Civil Veterinary Dept. Bombay admin report 1932-41 - 1932-1941
Year: 1932
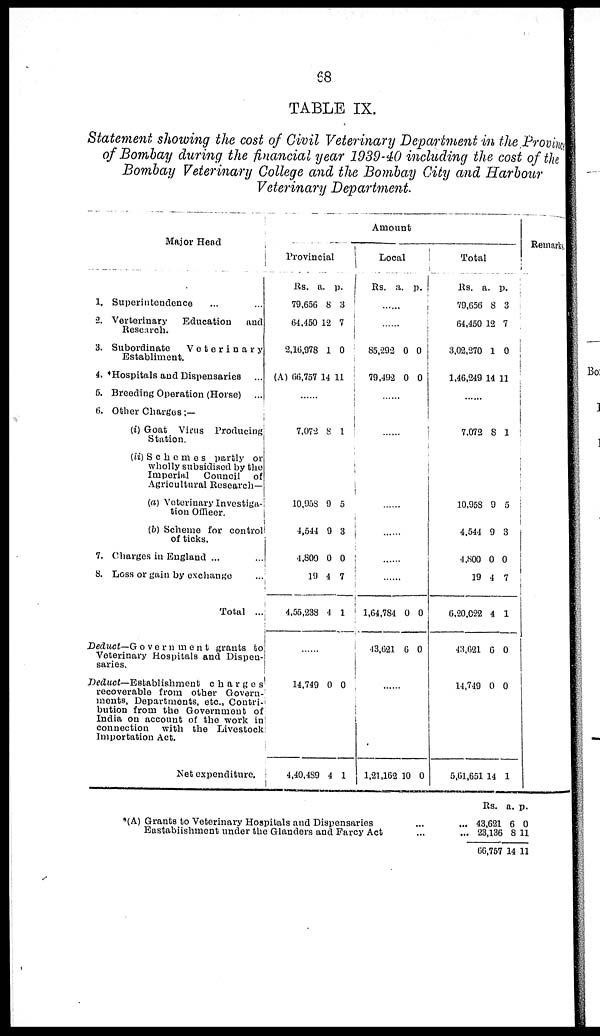
68
TABLE IX.
Statement showing the cost of Civil Veterinary Department in the Province
of Bombay during the financial year 1939-40 including the cost of the
Bombay Veterinary College and the Bombay City and Harbour
Veterinary Department
Major Head
1. Superintendence ... ...
2. Verterinary
Education
and
Research.
3. Subordinate
Veterinary
Establiment.
4. *Hospitals and Dispensaries
...
5. Breeding Operation (Horse) ...
6. Other Charges:—
(i) Goat Virus Producing
Station.
(ii) Schemes partly or
wholly subsidised by the
Imperial
Council of
Agricultural Research—
(a) Veterinary Investiga-
tion Officer.
(b) Scheme for control
of ticks.
7. Charges in England ...
S. Loss or gain by exchange
...
Total ...
Deduct—Government
grants to
Veterinary Hospitals and Dispen-
saries.
Deduct—Establishment
charges
recoverable from other Govern-
ments, Departments, etc., Contri-
bution from the Government of
India on account of the work in
connection with the Livestock
Importation Act.
Net expenditure.
Amount
Provincial
Rs.
79,656
64,450
2,16,978
(A) 66,757
a.
8
12
1
14
p.
3
7
0
11
7,072 8 1
10,958
4,544
4,800
19
4,55,238
9
9
0
4
4
5
3
0
7
1
......
14,749
4,40,489
0
4
0
1
Local
Rs. a. p.
......
......
85,292
79,492
0
0
0
0
......
......
......
......
......
.......
1,64,784
43,621
0
6
0
0
......
1,21,162 10 0
Total
Rs.
79,656
64,450
3,02,270
1,46,249
a.
8
12
1
14
p.
3
7
0
11
......
7,072 8 1
10,958
4,544
4,800
19
6,20,022
43,621
14,749
5,61,651
9
9
0
4
4
6
0
14
5
3
0
7
1
0
0
1
Remarks.
*(A) Grants to Veterinary Hospitals and Dispensaries
...
...
Eastablishment under the Glanders and Farcy Act
...
...
Rs.
43,621
23,136
66,757
a.
6
8
14
p.
0
11
11